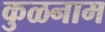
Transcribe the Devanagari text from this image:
कुळनाम